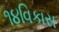
૧૪વિકાસ